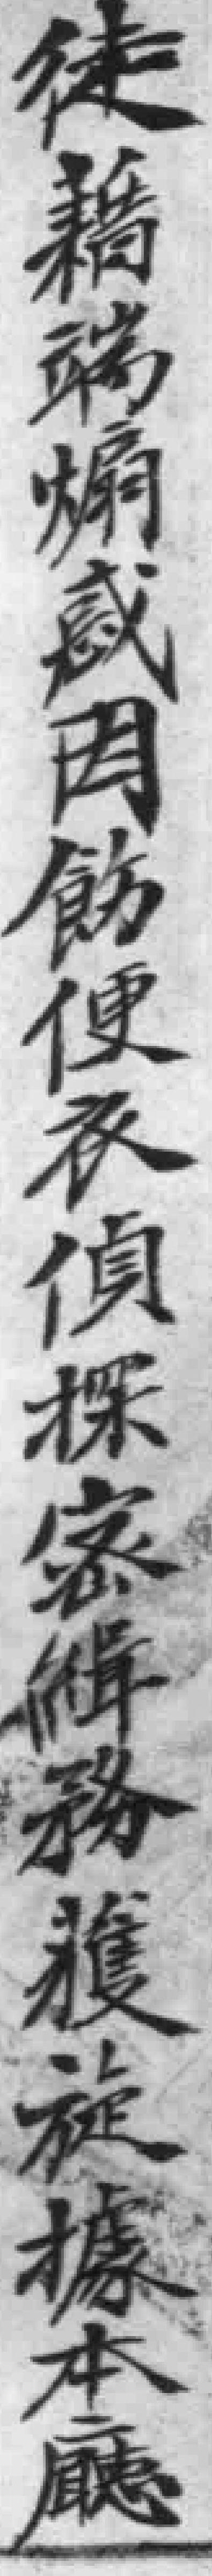
徒藉粥焖或因飾便衣偵探家#務護旋據本廳